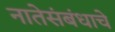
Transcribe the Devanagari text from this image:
नातेसंबंधाचे